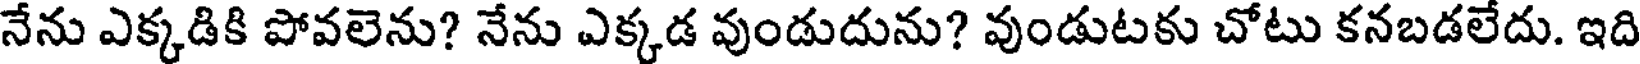
నేను ఎక్కడికి పోవలెను? నేను ఎక్కడ వుండుదును? వుండుటకు చోటు కనబడలేదు. ఇది